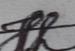
Signature authenticity: genuine